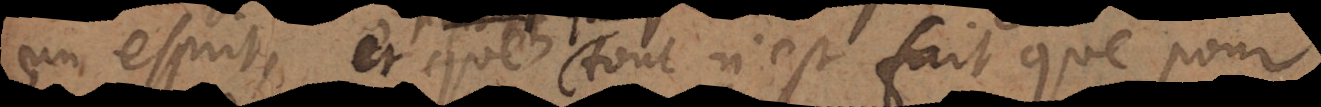
un esprit, et que tout n’est fait que pour